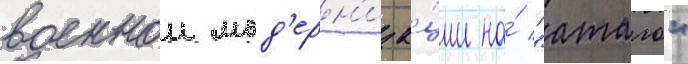
военнои мод'ерн'иза́ции на́ "атаго"